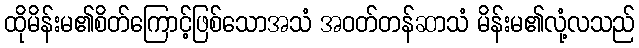
ထိုမိန်းမ၏စိတ်ကြောင့်ဖြစ်သောအသံ အဝတ်တန်ဆာသံ မိန်းမ၏လုံ့လသည်